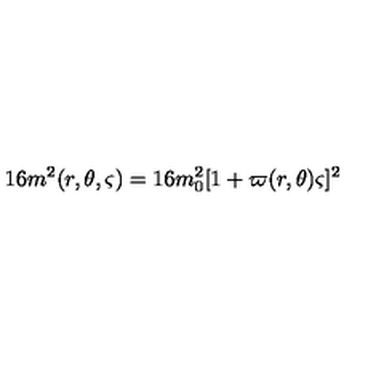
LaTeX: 1 6 m ^ { 2 } ( r , \theta , \varsigma ) = 1 6 m _ { 0 } ^ { 2 } [ 1 + \varpi ( r , \theta ) \varsigma ] ^ { 2 }